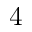
4